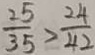
\frac { 2 5 } { 3 5 } > \frac { 2 4 } { 4 2 }